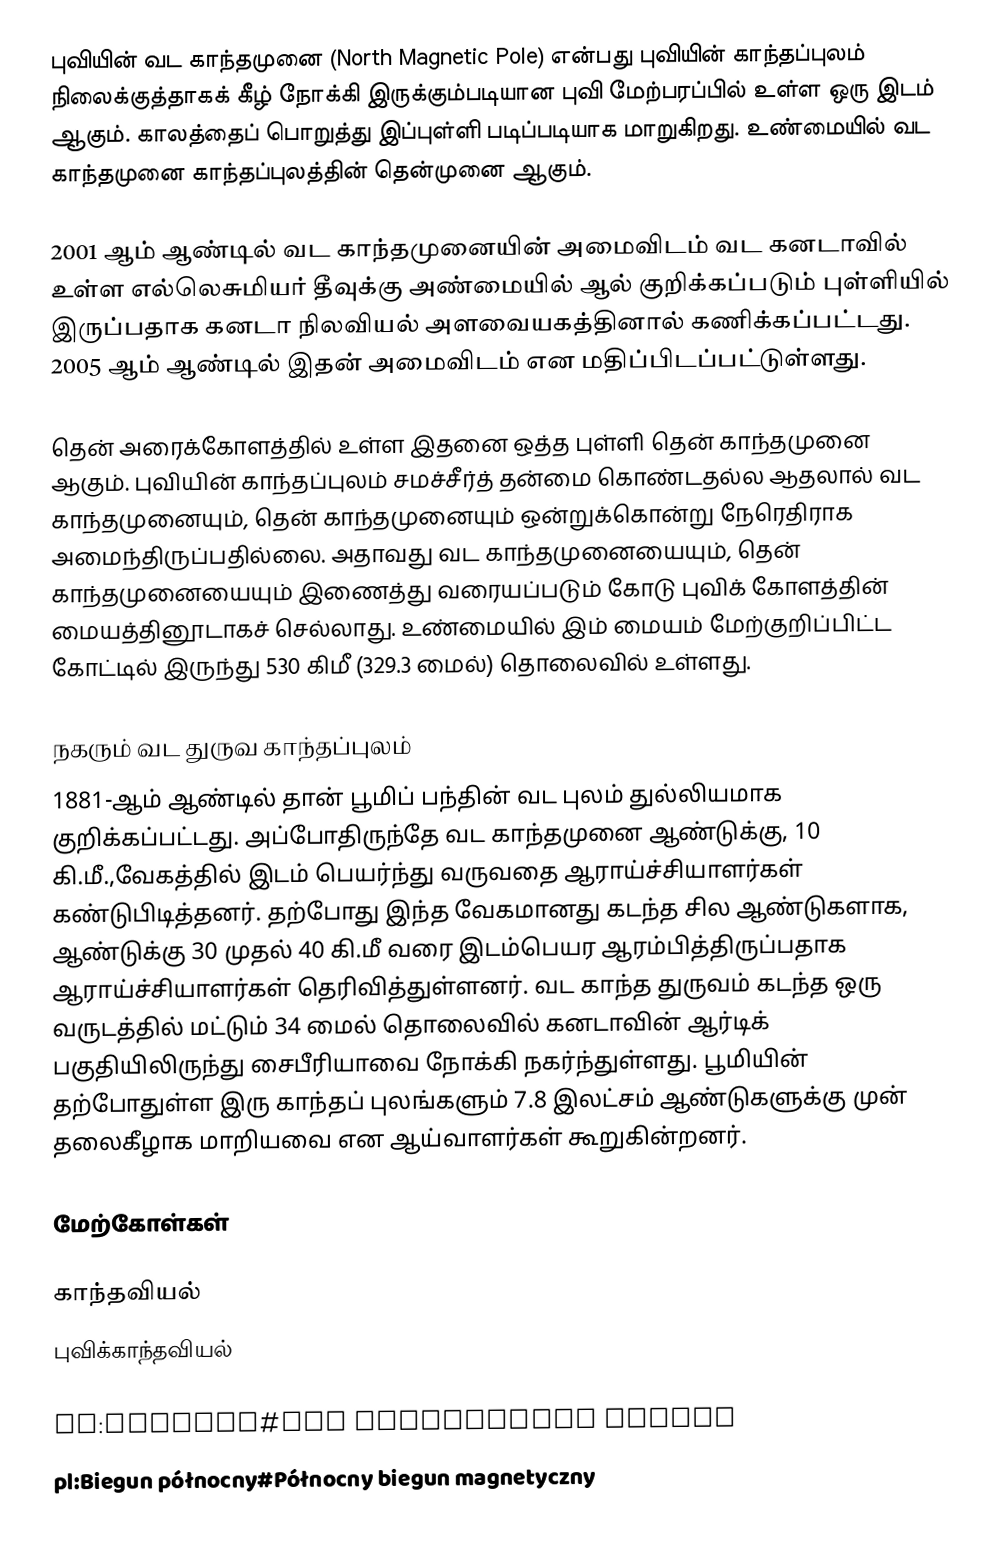
புவியின் வட காந்தமுனை (North Magnetic Pole) என்பது புவியின் காந்தப்புலம் நிலைக்குத்தாகக் கீழ் நோக்கி இருக்கும்படியான புவி மேற்பரப்பில் உள்ள ஒரு இடம் ஆகும். காலத்தைப் பொறுத்து இப்புள்ளி படிப்படியாக மாறுகிறது. உண்மையில் வட காந்தமுனை காந்தப்புலத்தின் தென்முனை ஆகும்.

2001 ஆம் ஆண்டில் வட காந்தமுனையின் அமைவிடம் வட கனடாவில் உள்ள எல்லெசுமியர் தீவுக்கு அண்மையில்  ஆல் குறிக்கப்படும் புள்ளியில் இருப்பதாக கனடா நிலவியல் அளவையகத்தினால் கணிக்கப்பட்டது. 2005 ஆம் ஆண்டில் இதன் அமைவிடம்  என மதிப்பிடப்பட்டுள்ளது.

தென் அரைக்கோளத்தில் உள்ள இதனை ஒத்த புள்ளி தென் காந்தமுனை ஆகும். புவியின் காந்தப்புலம் சமச்சீர்த் தன்மை கொண்டதல்ல ஆதலால் வட காந்தமுனையும், தென் காந்தமுனையும் ஒன்றுக்கொன்று நேரெதிராக அமைந்திருப்பதில்லை. அதாவது வட காந்தமுனையையும், தென் காந்தமுனையையும் இணைத்து வரையப்படும் கோடு புவிக் கோளத்தின் மையத்தினூடாகச் செல்லாது. உண்மையில் இம் மையம் மேற்குறிப்பிட்ட கோட்டில் இருந்து 530 கிமீ (329.3 மைல்) தொலைவில் உள்ளது.

நகரும் வட துருவ காந்தப்புலம்
1881-ஆம் ஆண்டில் தான் பூமிப் பந்தின் வட புலம் துல்லியமாக குறிக்கப்பட்டது. அப்போதிருந்தே வட காந்தமுனை ஆண்டுக்கு, 10 கி.மீ.,வேகத்தில்  இடம் பெயர்ந்து வருவதை ஆராய்ச்சியாளர்கள் கண்டுபிடித்தனர். தற்போது  இந்த வேகமானது கடந்த சில ஆண்டுகளாக, ஆண்டுக்கு 30 முதல் 40 கி.மீ வரை இடம்பெயர ஆரம்பித்திருப்பதாக ஆராய்ச்சியாளர்கள் தெரிவித்துள்ளனர்.  வட காந்த துருவம் கடந்த ஒரு வருடத்தில் மட்டும் 34 மைல் தொலைவில் கனடாவின் ஆர்டிக் பகுதியிலிருந்து சைபீரியாவை நோக்கி நகர்ந்துள்ளது.  பூமியின் தற்போதுள்ள இரு காந்தப் புலங்களும் 7.8 இலட்சம் ஆண்டுகளுக்கு முன் தலைகீழாக மாறியவை என ஆய்வாளர்கள் கூறுகின்றனர்.

மேற்கோள்கள்

காந்தவியல்
புவிக்காந்தவியல்

de:Nordpol#Der magnetische Südpol
pl:Biegun północny#Północny biegun magnetyczny